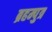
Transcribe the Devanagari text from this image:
ब्रहम्पुत्र